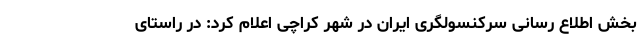
بخش اطلاع رسانی سرکنسولگری ایران در شهر کراچی اعلام کرد: در راستای